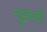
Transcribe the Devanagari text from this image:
दुभंगली